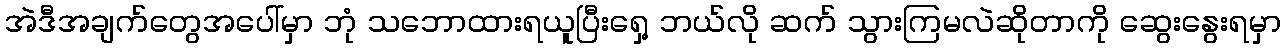
အဲဒီအချက်တွေအပေါ်မှာ ဘုံ သဘောထားရယူပြီးရှေ့ ဘယ်လို ဆက် သွားကြမလဲဆိုတာကို ဆွေးနွေးရမှာ